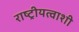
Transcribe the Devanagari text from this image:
राष्ट्रीयत्वाशी